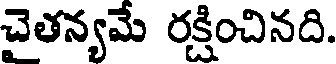
చైతన్యమే రక్షించినది.